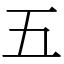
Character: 五